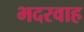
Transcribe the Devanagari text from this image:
भदरवाह